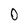
Character: 0